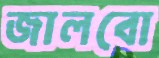
জালবো